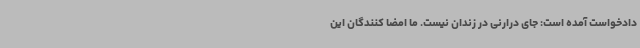
دادخواست آمده است: جای درارنی در زندان نیست. ما امضا کنندگان این